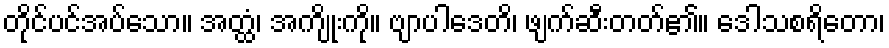
တိုင်ပင်အပ်သော။ အတ္ထံ၊ အကျိုးကို။ ဗျာပါဒေတိ၊ ဖျက်ဆီးတတ်၏။ ဒေါသစရိတော၊